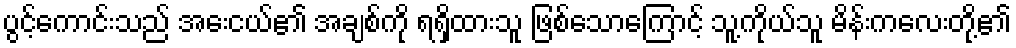
ပွင့်ကောင်းသည် အေးငယ်၏ အချစ်ကို ရရှိထားသူ ဖြစ်သောကြောင့် သူ့ကိုယ်သူ မိန်းကလေးတို့၏